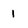
Character: 1